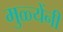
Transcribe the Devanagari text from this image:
मुळ्येंनी